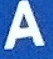
A